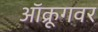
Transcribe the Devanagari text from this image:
ऑक्रूगवर